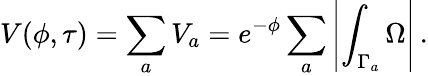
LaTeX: V(\phi,\tau)=\sum_{a}V_{a}=e^{-\phi}\sum_{a}\left|\int_{\Gamma_{a}}\Omega\right|\, .